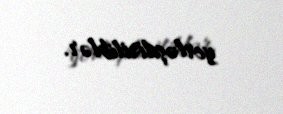
yerləşdiriliblər.